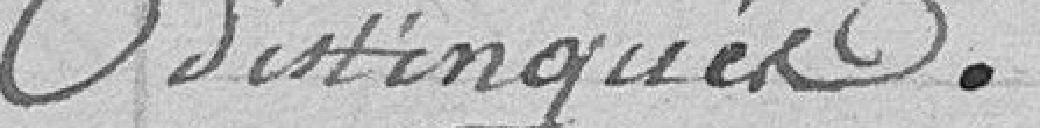
distingués.